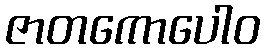
ဇာတကောပေါဝ